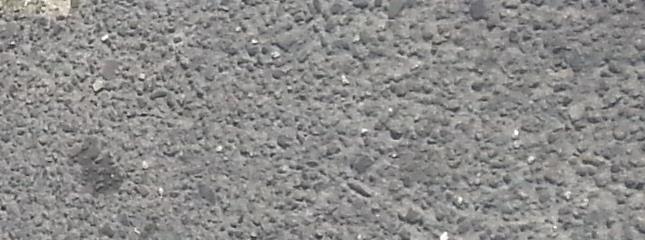
۴۸ص۹۷۳۶۶